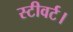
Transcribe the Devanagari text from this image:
स्टीवर्ट।